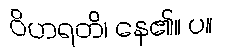
ဝိဟရတိ၊ နေ၏။ ပ။